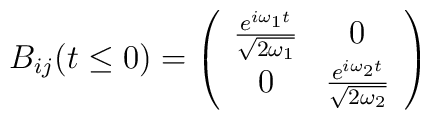
B_{ij}(t\leq 0)=\left(\begin{array}{cc}\frac{e^{i\omega_1t}}{\sqrt{2\omega_1}}&0\\0&\frac{e^{i\omega_2t}}{\sqrt{2\omega_2}}\\\end{array}\right)